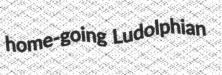
home-going Ludolphian